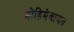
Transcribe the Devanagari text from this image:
मोहिमेबाबत